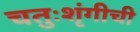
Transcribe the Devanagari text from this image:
चतुःशृंगीची